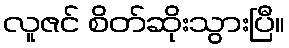
လူဇင် စိတ်ဆိုးသွားပြီ။